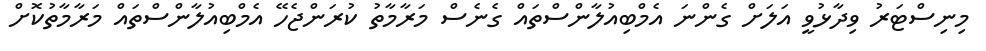
މިނިސްޓަރު ވިދާޅުވީ އަލަށް ގެންނަ އެމްބިއުލާންސްތައް ގެނެސް މަރާމާތު ކުރަންޖެހޭ އެމްބިއުލާންސްތައް މަރާމާތުކޮށް